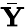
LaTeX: \bar{\mathbf Y}